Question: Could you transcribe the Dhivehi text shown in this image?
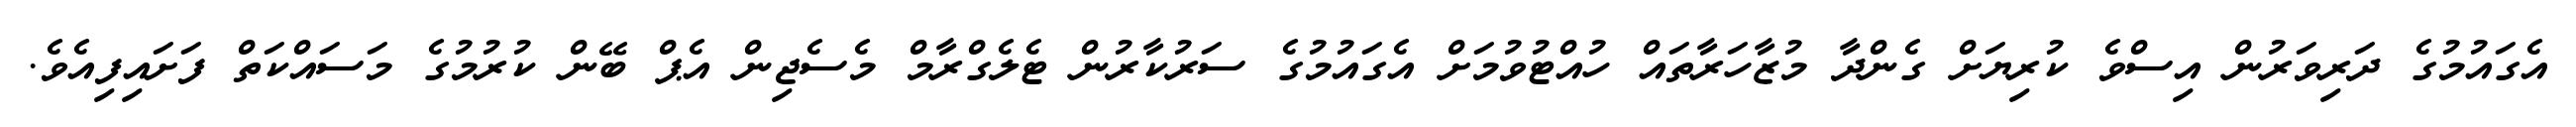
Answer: އެގައުމުގެ ދަރިވަރުން އިސްވެ ކުރިޔަށް ގެންދާ މުޒާހަރާތައް ހުއްޓުވުމަށް އެގައުމުގެ ސަރުކާރުން ޓެލެގްރާމް މެސެޖިން އެޕް ބޭން ކުރުމުގެ މަސައްކަތް ފަށައިފިއެވެ.